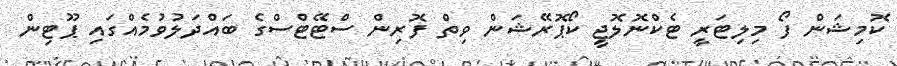
ކޮމިޝަން ފޯ މިލިޓަރީ ޓެކްނޮލޮޖީ ކޯޕޮރޭޝަން ވިތް ފޮރިން ސްޓޭޓްސްގެ ބައްދަލުވުމެއްގައި ޕޫޓިން